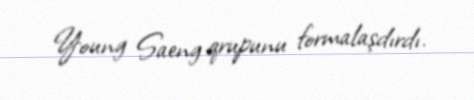
Young Saeng qrupunu formalaşdırdı.